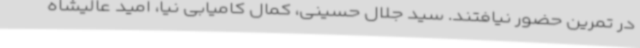
در تمرین حضور نیافتند. سید جلال حسینی، کمال کامیابی نیا، امید عالیشاه